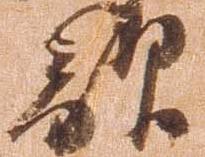
敵